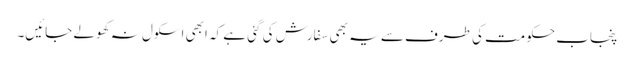
پنجاب حکومت کی طرف سے یہ بھی سفارش کی گئی ہے کہ ابھی اسکول نہ کھولے جائیں۔